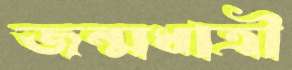
জন্মধাত্রী